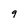
Character: 9